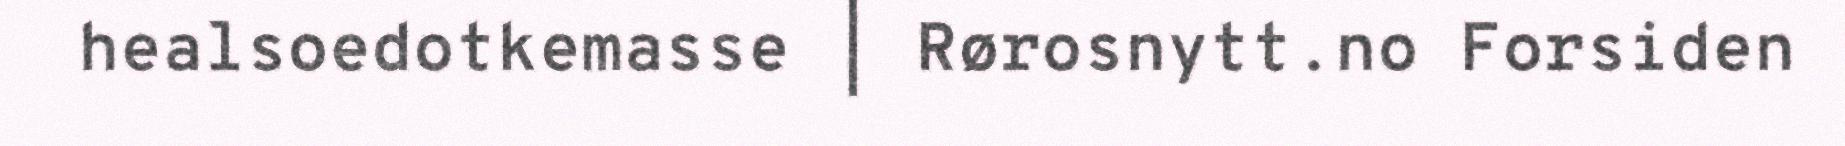
healsoedotkemasse | Rørosnytt.no Forsiden